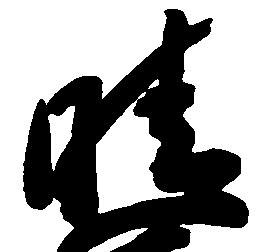
晴